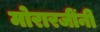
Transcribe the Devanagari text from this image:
मोरारजींनी